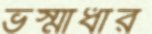
ভস্মাধার